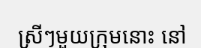
ស្រីៗមួយក្រុមនោះ នៅ